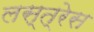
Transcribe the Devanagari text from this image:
लस्त्रेस